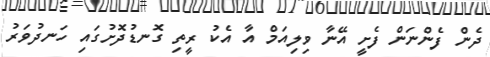
ދެން ފެންނަން ފެށީ އޭނާ ވިލިއަމް އާ އެކު ރީތި ގޮނޑުދޮށުގައި ހަނދުވަރު